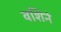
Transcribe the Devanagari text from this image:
वशिने